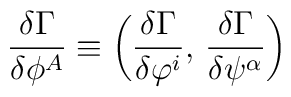
\frac{\delta\Gamma}{\delta\phi^A}\equiv \bigg( \frac{\delta\Gamma}{\delta\varphi^i},\, \frac{\delta\Gamma}{\delta\psi^\alpha} \bigg)